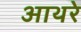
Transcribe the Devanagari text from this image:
आथरे